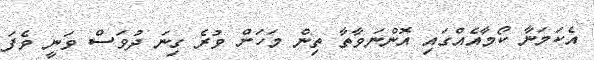
އެކަމަނާ ކޯމާއެއްގައި އޮންނަވާތާ ތިން މަހަށް ވުރެ ގިނަ ދުވަސް ވަނީ ވެފަ